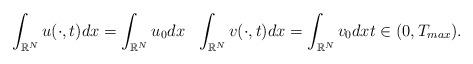
LaTeX: \begin{align*} \int_{\mathbb{R}^{N}} u(\cdot,t) dx =\int_{\mathbb{R}^{N}} u_{0} dx ~~ \int_{\mathbb{R}^{N}} v(\cdot,t) dx =\int_{\mathbb{R}^{N}} v_{0} dx t \in (0,T_{max}).\end{align*}